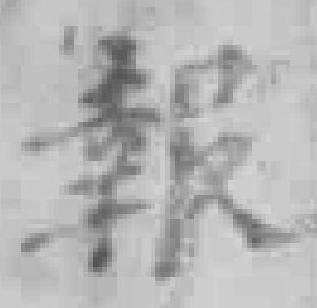
報